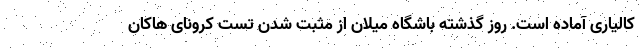
کالیاری آماده است. روز گذشته باشگاه میلان از مثبت شدن تست کرونای هاکان